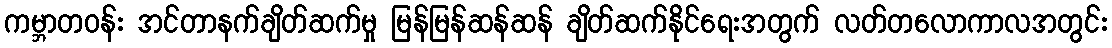
ကမ္ဘာတဝန်း အင်တာနက်ချိတ်ဆက်မှု မြန်မြန်ဆန်ဆန် ချိတ်ဆက်နိုင်ရေးအတွက် လတ်တလောကာလအတွင်း